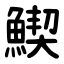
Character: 䱮